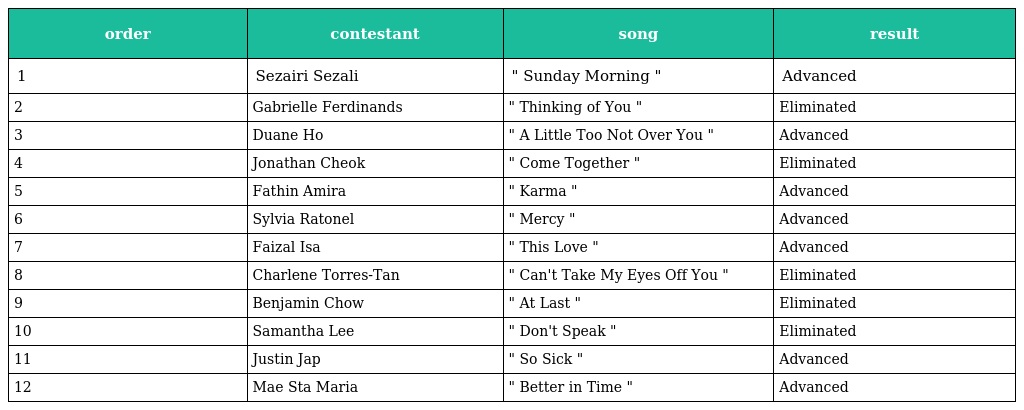
| order | contestant | song | result |
 | --- | --- | --- | --- |
 | 1 | Sezairi Sezali | " Sunday Morning " | Advanced |
 | 2 | Gabrielle Ferdinands | " Thinking of You " | Eliminated |
 | 3 | Duane Ho | " A Little Too Not Over You " | Advanced |
 | 4 | Jonathan Cheok | " Come Together " | Eliminated |
 | 5 | Fathin Amira | " Karma " | Advanced |
 | 6 | Sylvia Ratonel | " Mercy " | Advanced |
 | 7 | Faizal Isa | " This Love " | Advanced |
 | 8 | Charlene Torres-Tan | " Can't Take My Eyes Off You " | Eliminated |
 | 9 | Benjamin Chow | " At Last " | Eliminated |
 | 10 | Samantha Lee | " Don't Speak " | Eliminated |
 | 11 | Justin Jap | " So Sick " | Advanced |
 | 12 | Mae Sta Maria | " Better in Time " | Advanced |